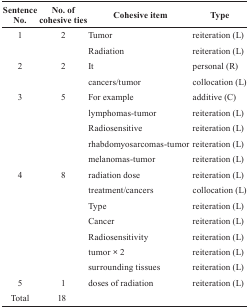
<table><thead><tr><td><b>Sentence No.</b></td><td><b>No. of cohesive ties</b></td><td><b>Cohesive item</b></td><td><b>Type</b></td></tr></thead><tbody><tr><td rowspan="2">1</td><td rowspan="2">2</td><td>Tumor</td><td>reiteration (L)</td></tr><tr><td>Radiation</td><td>reiteration (L)</td></tr><tr><td rowspan="2">2</td><td rowspan="2">2</td><td>It</td><td>personal (R)</td></tr><tr><td>cancers/tumor</td><td>collocation (L)</td></tr><tr><td rowspan="5">3</td><td rowspan="5">5</td><td>For example</td><td>additive (C)</td></tr><tr><td>lymphomas-tumor</td><td>reiteration (L)</td></tr><tr><td>Radiosensitive</td><td>reiteration (L)</td></tr><tr><td>rhabdomyosarcomas-tumor</td><td>reiteration (L)</td></tr><tr><td>melanomas-tumor</td><td>reiteration (L)</td></tr><tr><td rowspan="7">4</td><td rowspan="7">8</td><td>radiation dose</td><td>reiteration (L)</td></tr><tr><td>treatment/cancers</td><td>collocation (L)</td></tr><tr><td>Type</td><td>reiteration (L)</td></tr><tr><td>Cancer</td><td>reiteration (L)</td></tr><tr><td>Radiosensitivity</td><td>reiteration (L)</td></tr><tr><td>tumor × 2</td><td>reiteration (L)</td></tr><tr><td>surrounding tissues</td><td>reiteration (L)</td></tr><tr><td>5</td><td>1</td><td>doses of radiation</td><td>reiteration (L)</td></tr><tr><td>Total</td><td>18</td><td></td><td></td></tr></tbody></table>